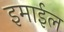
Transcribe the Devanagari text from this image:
इमाईल